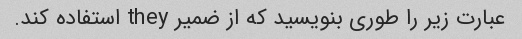
عبارت زیر را طوری بنویسید که از ضمیر they استفاده کند.